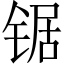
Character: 锯